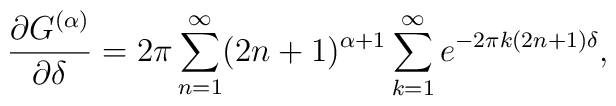
\frac{\partial G^{(\alpha)}}{\partial \delta}=2\pi \sum_{n=1}^\infty (2n+1)^{\alpha+1}\sum_{k=1}^\infty e^{-2\pi k(2n+1)\delta},